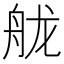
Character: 𦨩